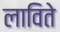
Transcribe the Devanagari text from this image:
लाविते